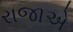
રાજાએ